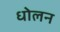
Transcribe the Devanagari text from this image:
धोलन